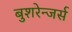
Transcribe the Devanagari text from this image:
बुशरेन्जर्स